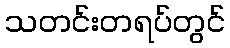
သတင်းတရပ်တွင်